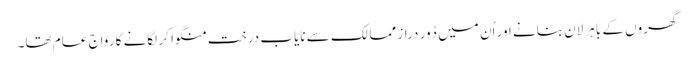
گھروں کے باہر لان بنانے اور اُن میں دُور دراز ممالک سے نایاب درخت منگوا کر لگانے کا رواج عام تھا۔